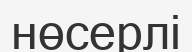
нөсерлі